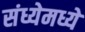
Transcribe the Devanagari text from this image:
संध्येमध्ये